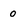
Character: 0